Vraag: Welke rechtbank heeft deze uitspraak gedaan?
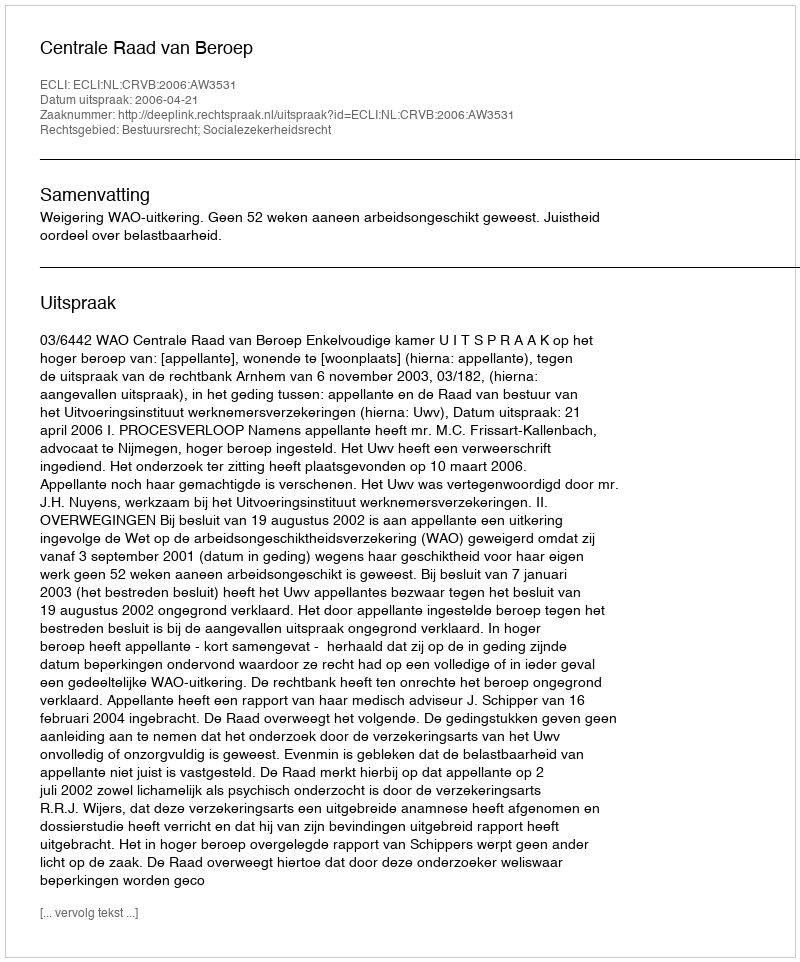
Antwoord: Centrale Raad van Beroep